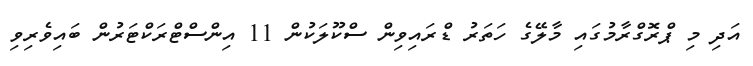
އަދި މި ޕްރޮގްރާމުގައި މާލޭގެ ހަތަރު ޑްރައިވިން ސްކޫލަކުން 11 އިންސްޓްރަކްޓަރުން ބައިވެރިވި